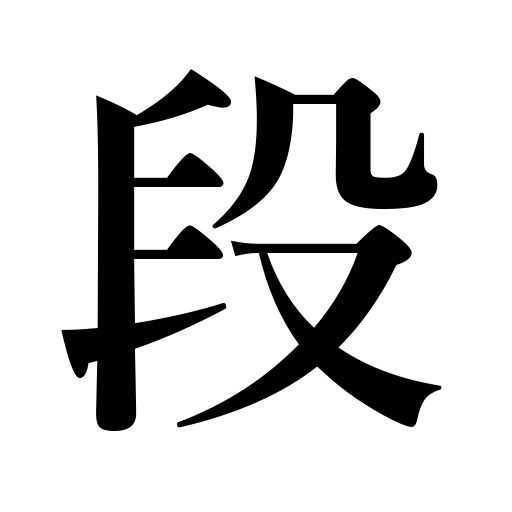
Meanings: level,stair,class,grade,degree,steps,act,flight of stairs,case,question,rank,scene,column,paragraph,extent